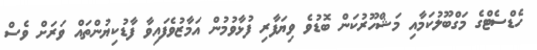
ހެޑްސެޓްގެ މަގްބޫލުކަމާއި މަޝްހޫރުކަން ބޮޑުވެ ވިޔަފާރި ފުޅާވުމުން އަމާޒުވެފައިވާ ފާޑުކިޔުންތައް ވަރަށް ވެސް